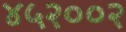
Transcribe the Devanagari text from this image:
४५२००२